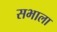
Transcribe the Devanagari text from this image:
सभाला